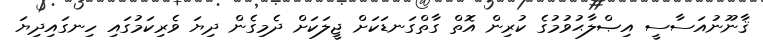
ޤާނޫނުއަސާސީ އިޞްލާޙުވުމުގެ ކުރިން އޮތް ގާތްގަނޑަކަށް ޖީލަކަށް ދެމިގެން ދިޔަ ވެރިކަމުގައި ހިނގައިދިޔަ